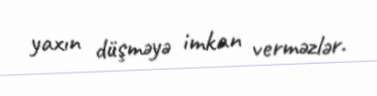
yaxın düşməyə imkan verməzlər.